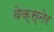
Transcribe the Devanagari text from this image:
वेक्स्नेर